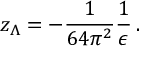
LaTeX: z _ { \Lambda } = - \frac { 1 } { 6 4 \pi ^ { 2 } } \frac { 1 } { \epsilon } \, .